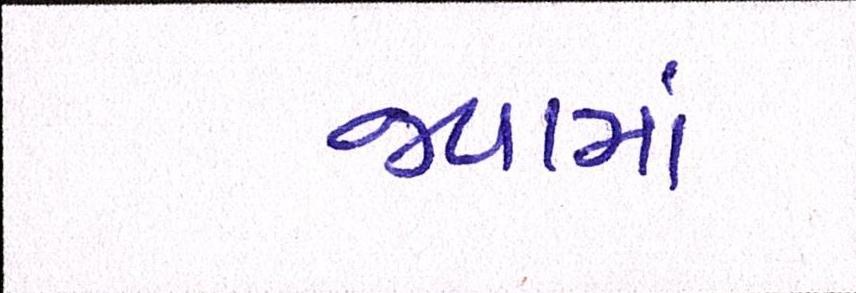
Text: જવામાં